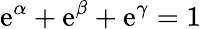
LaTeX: \mathrm{e}^{\alpha}+\mathrm{e}^{\beta}+\mathrm{e}^{\gamma}=1